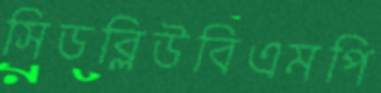
সিডব্লিউবিএমপি